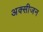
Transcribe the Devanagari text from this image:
अक्‍सीजन